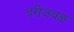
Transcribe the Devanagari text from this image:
दरीजवळ